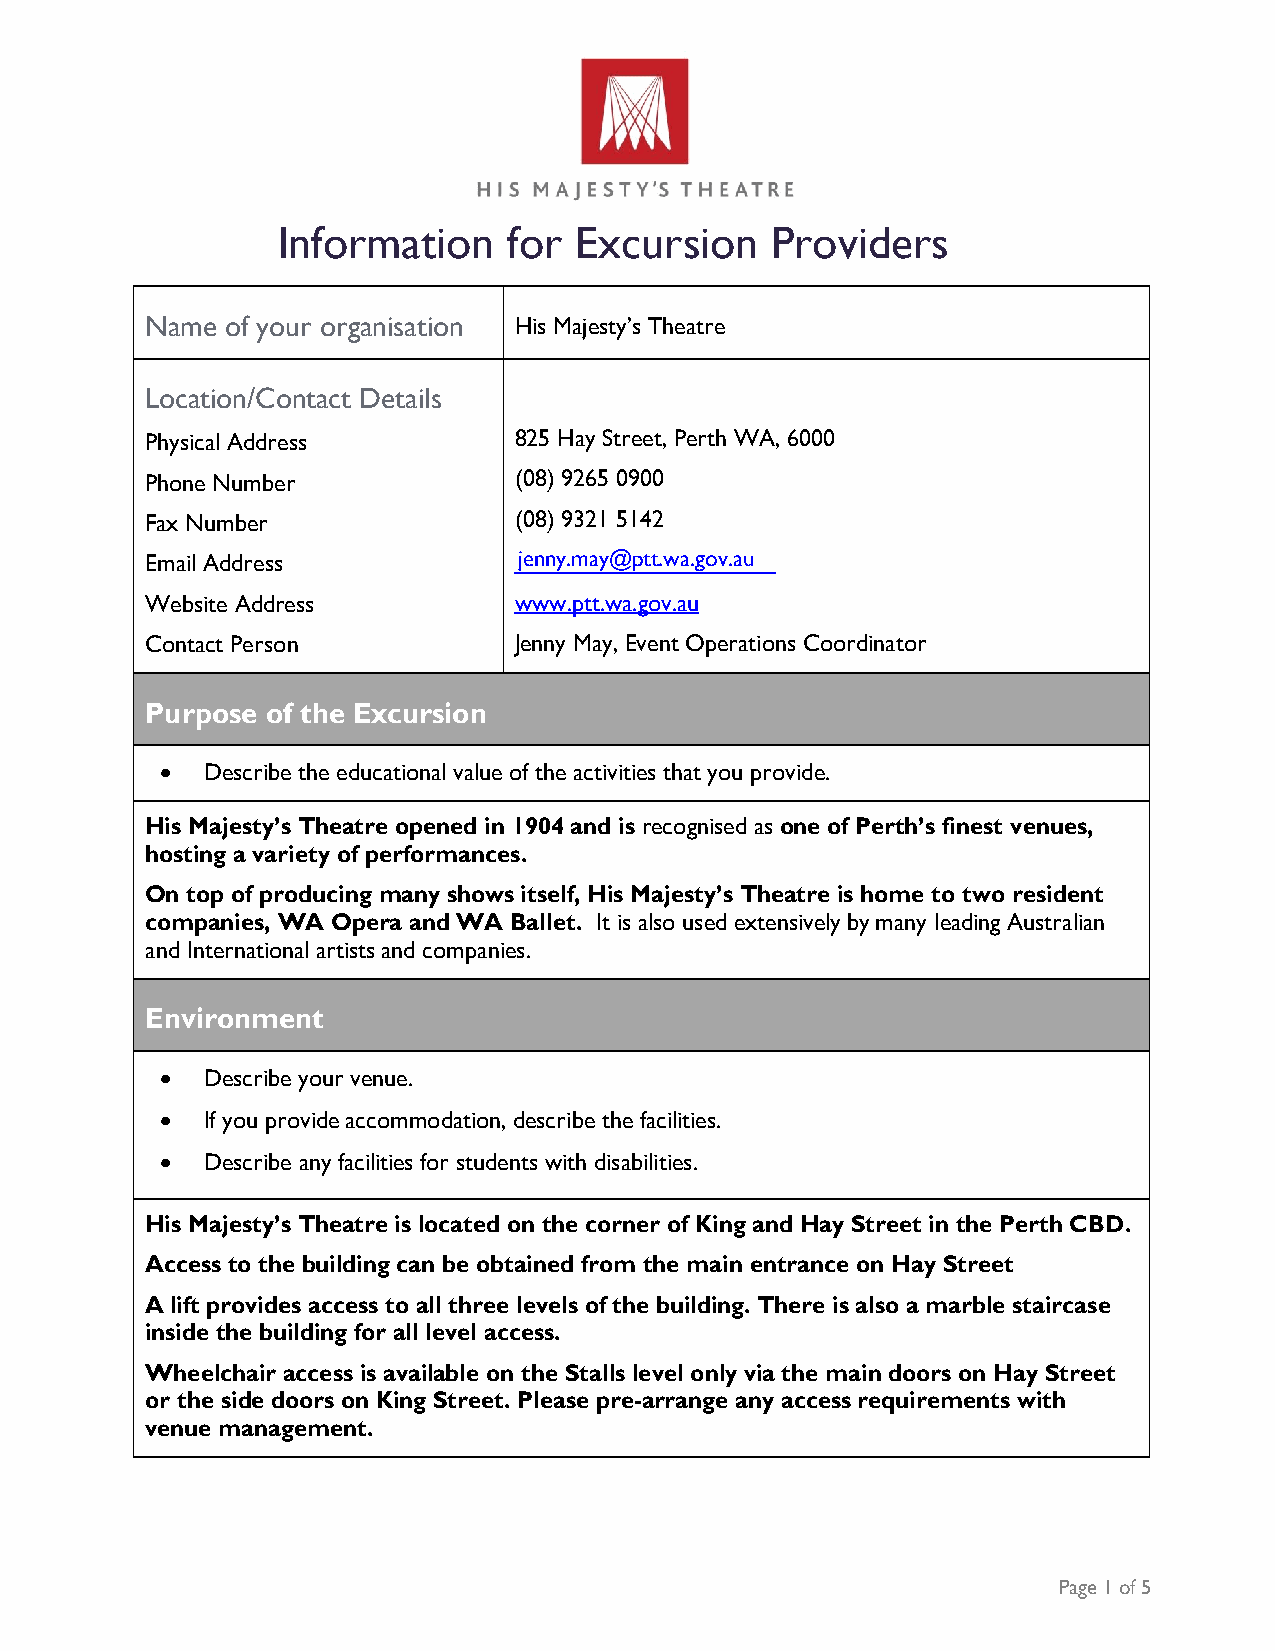
Information     for Excursion    Providers
 Name of your organisation His Majesty’s Theatre
 Location/Contact Details
 Physical Address        825 Hay Street, Perth WA, 6000
 Phone Number            (08) 9265 0900
 Fax Number              (08) 9321 5142
 Email Address           jenny.may@ptt.wa.gov.au
 Website Address         www.ptt.wa.gov.au
 Contact Person          Jenny May, Event Operations Coordinator
 Purpose of the Excursion
   Describe the educational value of the activities that you provide.
 His Majesty’s Theatre opened in 1904 and is recognised as one of Perth’s finest venues,
 hosting a variety of performances.
 On top of producing many shows itself, His Majesty’s Theatre is home to two resident
 companies, WA Opera and WA Ballet. It is also used extensively by many leading Australian
 and International artists and companies.
 Environment
   Describe your venue.
   If you provide accommodation, describe the facilities.
   Describe any facilities for students with disabilities.
 His Majesty’s Theatre is located on the corner of King and Hay Street in the Perth CBD.
 Access to the building can be obtained from the main entrance on Hay Street
 A lift provides access to all three levels of the building. There is also a marble staircase
 inside the building for all level access.
 Wheelchair access is available on the Stalls level only via the main doors on Hay Street
 or the side doors on King Street. Please pre-arrange any access requirements with
 venue management.
 Page 1 of 5